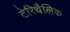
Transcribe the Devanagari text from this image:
टेरिथैलिक